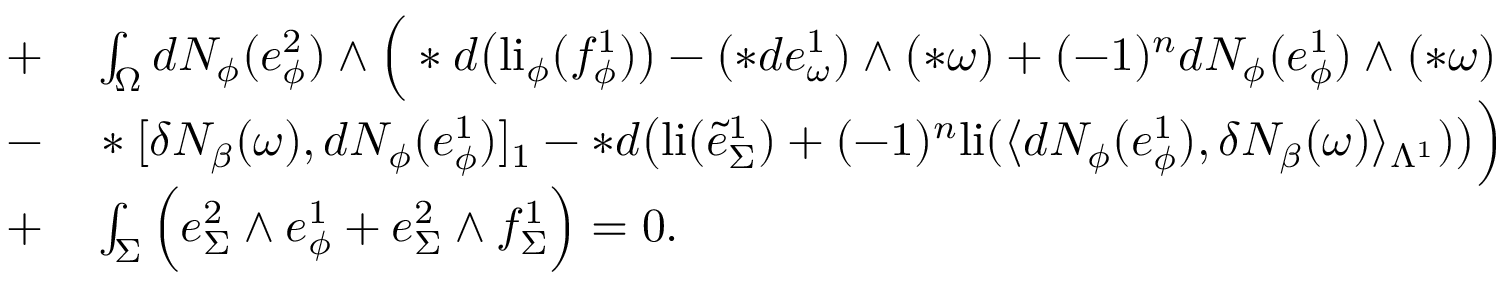
\begin{array} { r l } { + } & { { } \int _ { \Omega } d N _ { \phi } ( e _ { \phi } ^ { 2 } ) \wedge \Big ( \ast d \big ( \mathrm { l i } _ { \phi } ( f _ { \phi } ^ { 1 } ) \big ) - ( \ast d e _ { \omega } ^ { 1 } ) \wedge ( \ast \omega ) + ( - 1 ) ^ { n } d N _ { \phi } ( e _ { \phi } ^ { 1 } ) \wedge ( \ast \omega ) } \\ { - } & { { } \ast [ \delta N _ { \beta } ( \omega ) , d N _ { \phi } ( e _ { \phi } ^ { 1 } ) ] _ { 1 } - \ast d \big ( \mathrm { l i } ( \tilde { e } _ { \Sigma } ^ { 1 } ) + ( - 1 ) ^ { n } \mathrm { l i } ( \langle d N _ { \phi } ( e _ { \phi } ^ { 1 } ) , \delta N _ { \beta } ( \omega ) \rangle _ { \Lambda ^ { 1 } } ) \big ) \Big ) } \\ { + } & { { } \int _ { \Sigma } \Big ( e _ { \Sigma } ^ { 2 } \wedge e _ { \phi } ^ { 1 } + e _ { \Sigma } ^ { 2 } \wedge f _ { \Sigma } ^ { 1 } \Big ) = 0 . } \end{array}